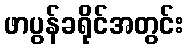
ဖာပွန်ခရိုင်အတွင်း